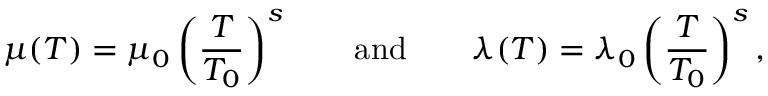
\mu ( T ) = \mu _ { 0 } \left( \frac { T } { T _ { 0 } } \right) ^ { s } \qquad \mathrm { a n d } \qquad \lambda ( T ) = \lambda _ { 0 } \left( \frac { T } { T _ { 0 } } \right) ^ { s } ,